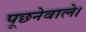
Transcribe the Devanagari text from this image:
पूछनेवाले।